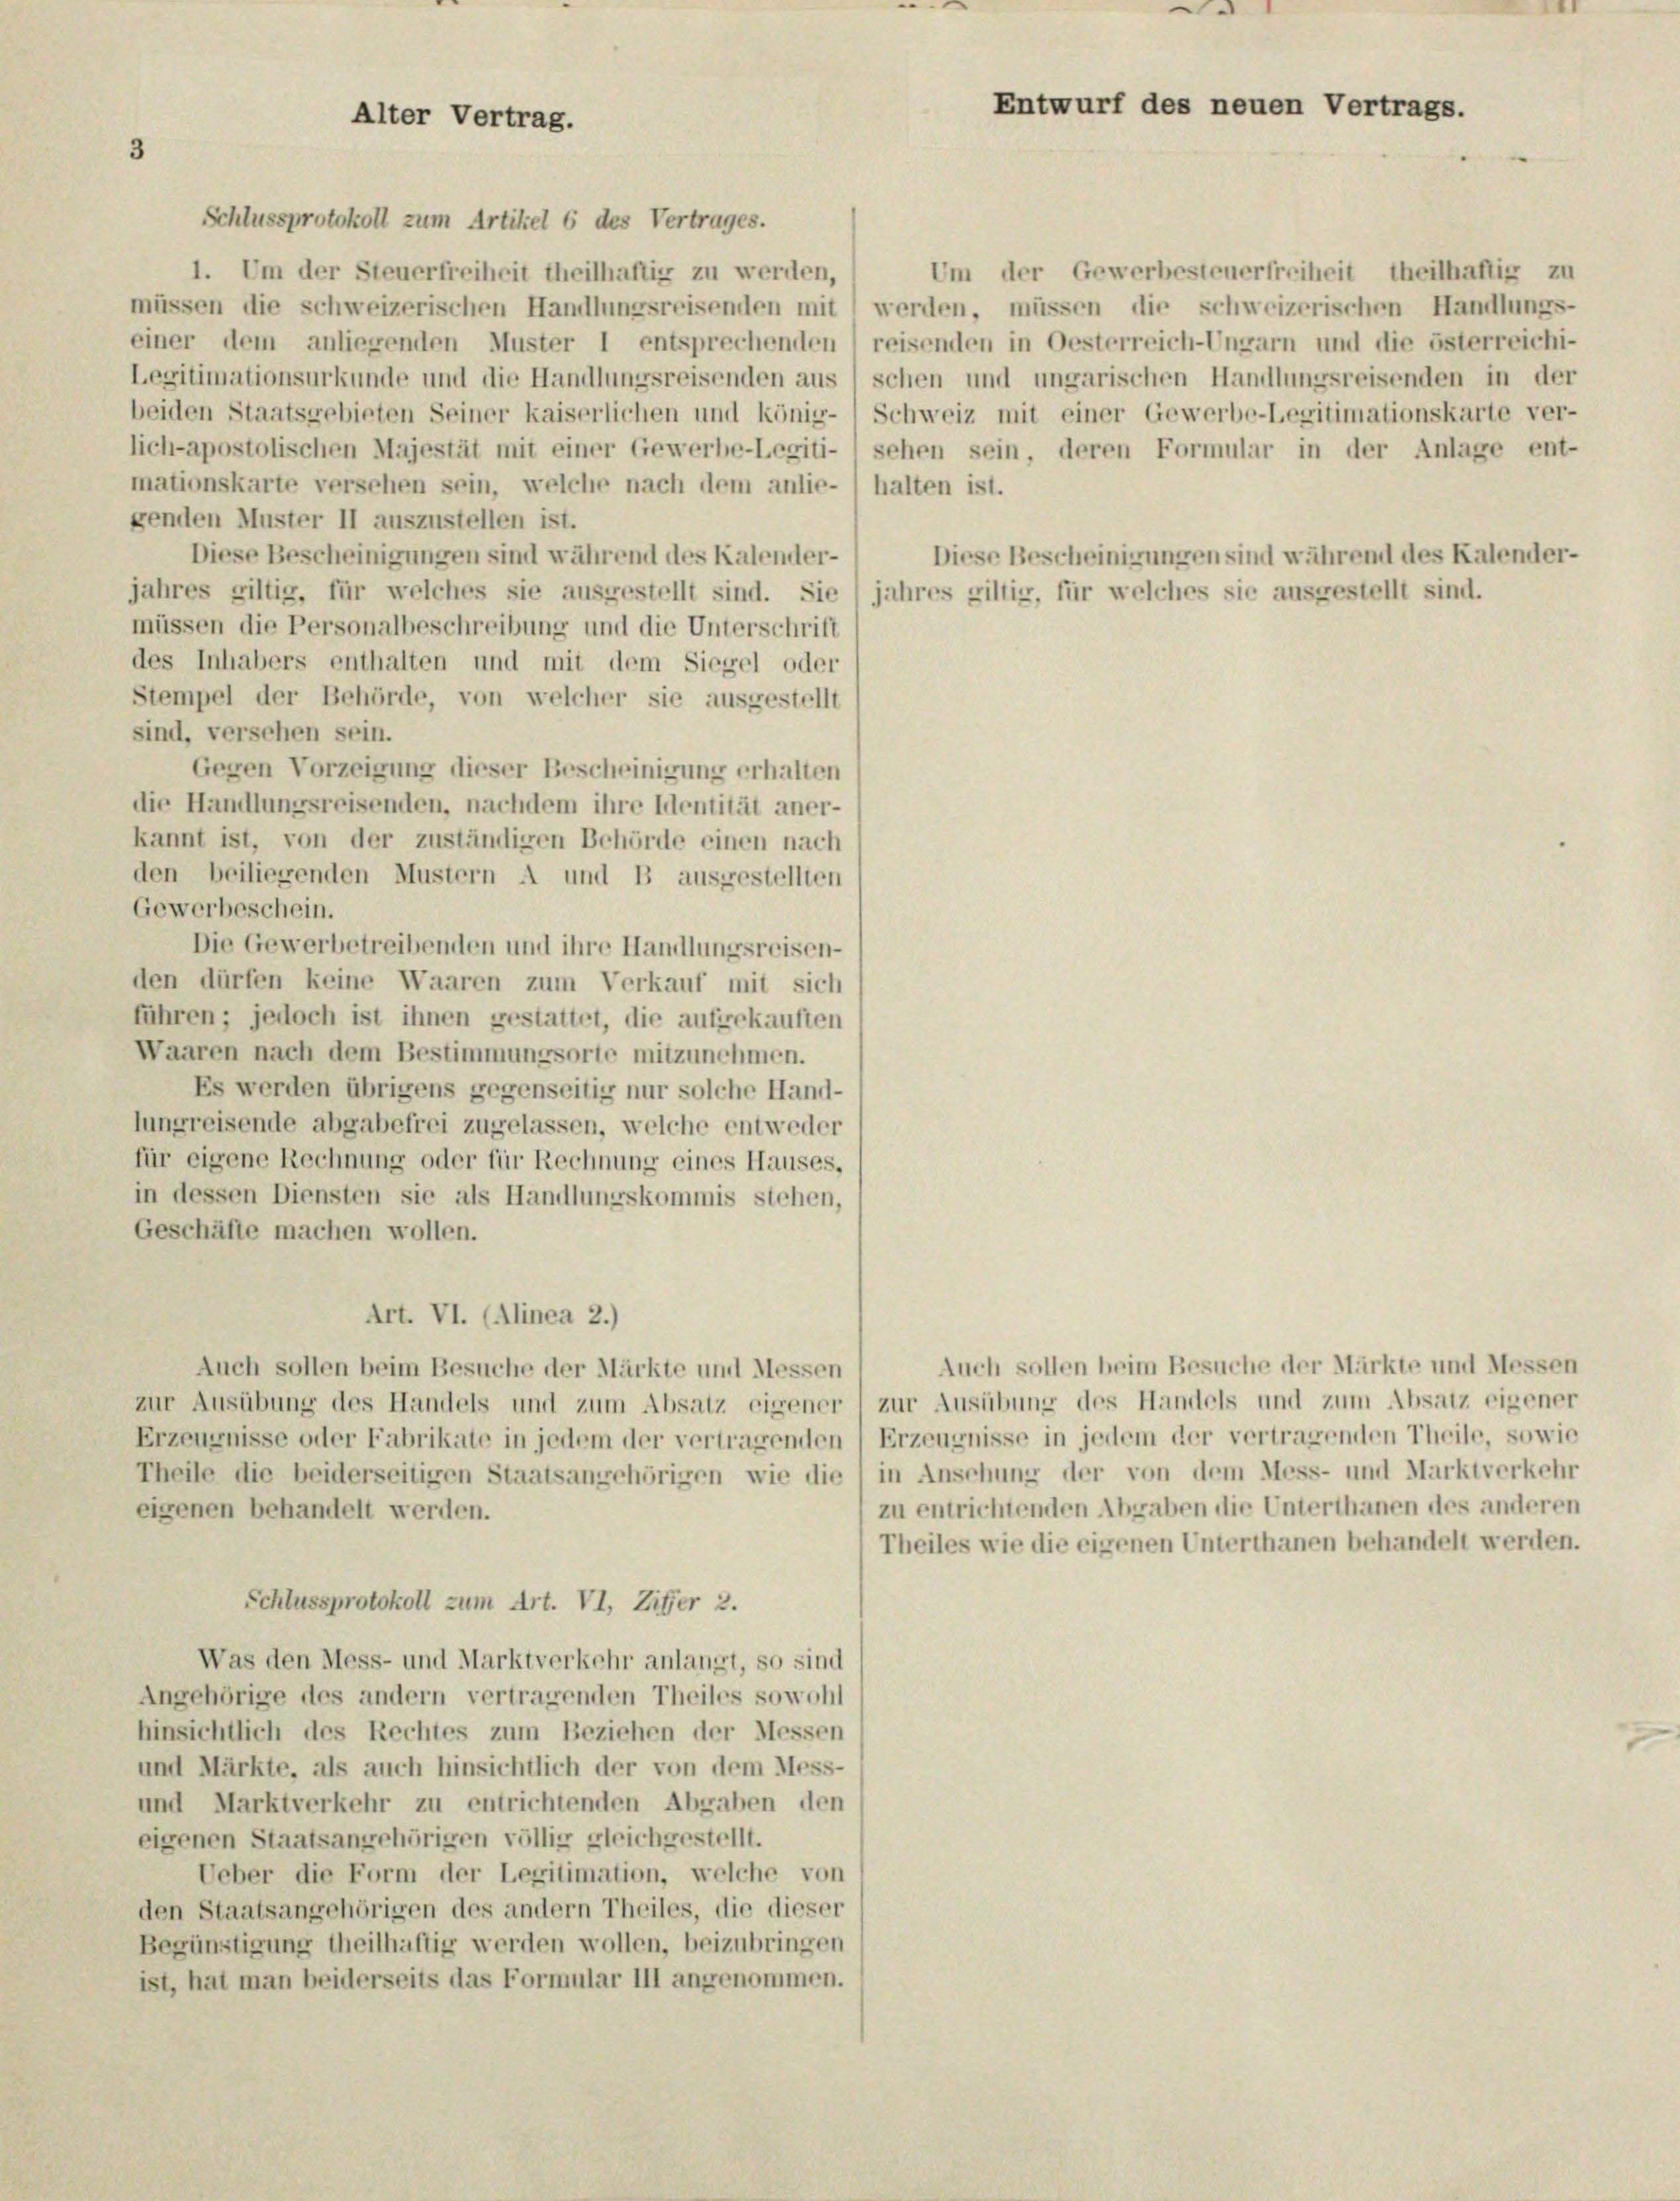
3

Alter Vertrag.

Schlussprotokoll zum Artikel 6 des Vertrages.
1. Um der Steuerfreiheit theilhaftig zu werden,
Um der Gewerbesteuerfreiheit theilhaftig zu
müssen die schweizerischen Handlungsreisenden mit werden, müssen die schweizerischen Handlungs-
einer dem anliegenden Muster 1 entsprechenden reisenden in Oesterreich-Ungarn und die österreichi-
Legitimationsurkunde und die Handlungsreisenden aus schen und ungarischen Handlungsreisenden in der
beiden Staatsgebieten Seiner kaiserlichen und könig- 1 Schweiz mit einer Gewerbe-Legitimationskarte ver-
lich-apostolischen Majestät mit einer Gewerbe-Legiti- 1 sehen sein, deren Formular in der Anlage ent-
mationskarte versehen sein, welche nach dem anlie- / halten ist.
genden Muster II auszustellen ist.
Diese Bescheinigungen sind während des Kalender-
Diese Bescheinigungen sind während des Kalender-
jahres giltig, für welches sie ausgestellt sind. Sie jahres giltig, für welches sie ausgestellt sind.
müssen die Personalbeschreibung und die Unterschrift
des Inhabers enthalten und mit dem Siegel oder
Stempel der Behörde, von welcher sie ausgestellt
sind, versehen sein.
Gegen Vorzeigung dieser Bescheinigung erhalten
die Handlungsreisenden, nachdem ihre Identität aner-
kannt ist, von der zuständigen Behörde einen nach
den beiliegenden Mustern A und B ausgestellten
Gewerbeschein.
Die Gewerbetreibenden und ihre Handlungsreisen-
den dürfen keine Waaren zum Verkauf mit sich
führen; jedoch ist ihnen gestattet, die aufgekauften
Waaren nach dem Bestimmungsorte mitzunehmen.
Es werden übrigens gegenseitig nur solche Hand-
lungreisende abgabefrei zugelassen, welche entweder
für eigene Rechnung oder für Rechnung eines Hauses,
in dessen Diensten sie als Handlungskommis stehen,
Geschäfte machen wollen.
Art. VI. (Alinea 2.)
Auch sollen beim Besuche der Märkte und Messen
Auch sollen beim Besuche der Märkte und Messen
zur Ausübung des Handels und zum Absatz eigener zur Ausübung des Handels und zum Absatz eigener
Erzeugnisse oder Fabrikate in jedem der vertragenden) Erzeugnisse in jedem der vertragenden Theile, sowie
Theile die beiderseitigen Staatsangehörigen wie die in Anschung der von dem Mess- und Marktverkehr
zu entrichtenden Abgaben die Unterthanen des anderen
eigenen behandelt werden.
Theiles wie die eigenen Unterthanen behandelt werden.
Schlussprotokoll zum Art. VI, Ziffer 2.
Was den Mess- und Marktverkehr anlangt, so sind
Angehörige des andern vertragenden Theiles sowohl
hinsichtlich des Rechtes zum Beziehen der Messen
und Märkte, als auch hinsichtlich der von dem Mess-
und Marktverkehr zu entrichtenden Abgaben den
eigenen Staatsangehörigen völlig gleichgestellt.
Ueber die Form der Legitimation, welche von
den Staatsangehörigen des andern Theiles, die dieser
Begünstigung theilhaftig werden wollen, beizubringen
ist, hat man beiderseits das Formular III angenommen.

e
1
Entwurf des neuen Vertrags.